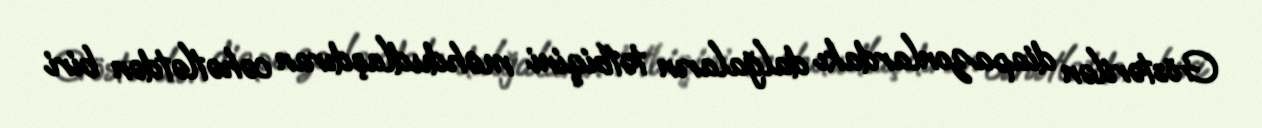
Göstərilən diapazonlardakı dalğaların tətbiqini məhdudlaşdıran cəhətlətdən biri